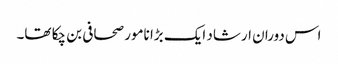
اس دوران ارشاد ایک بڑا نامور صحافی بن چکا تھا۔